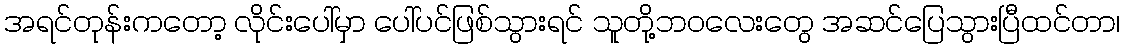
အရင်တုန်းကတော့ လိုင်းပေါ်မှာ ပေါ်ပင်ဖြစ်သွားရင် သူတို့ဘဝလေးတွေ အဆင်ပြေသွားပြီထင်တာ၊